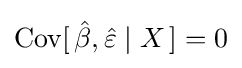
\operatorname {Cov} [\,{\hat {\beta }},{\hat {\varepsilon }}\mid X\,]=0